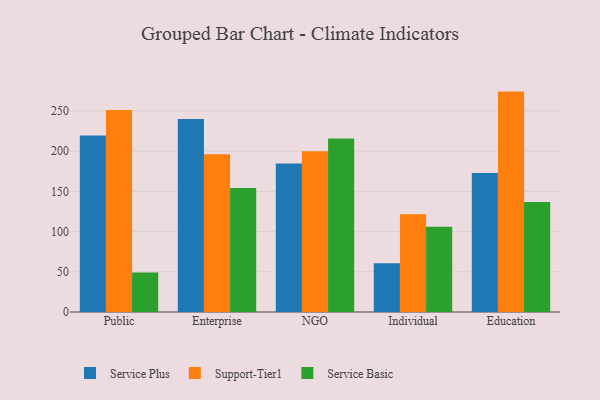
{"axis": {"x": "Segment", "y": "Operating Costs (USD K)"}, "legend": ["Service Basic", "Service Plus", "Support-Tier1"], "data": [{"x": "Public", "y": 219.6, "type": "Service Plus"}, {"x": "Public", "y": 251.4, "type": "Support-Tier1"}, {"x": "Public", "y": 49.2, "type": "Service Basic"}, {"x": "Enterprise", "y": 240.0, "type": "Service Plus"}, {"x": "Enterprise", "y": 196.4, "type": "Support-Tier1"}, {"x": "Enterprise", "y": 154.4, "type": "Service Basic"}, {"x": "NGO", "y": 184.7, "type": "Service Plus"}, {"x": "NGO", "y": 200.1, "type": "Support-Tier1"}, {"x": "NGO", "y": 215.8, "type": "Service Basic"}, {"x": "Individual", "y": 60.8, "type": "Service Plus"}, {"x": "Individual", "y": 121.7, "type": "Support-Tier1"}, {"x": "Individual", "y": 106.1, "type": "Service Basic"}, {"x": "Education", "y": 173.0, "type": "Service Plus"}, {"x": "Education", "y": 274.2, "type": "Support-Tier1"}, {"x": "Education", "y": 136.8, "type": "Service Basic"}]}